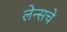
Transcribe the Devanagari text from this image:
लेन्सचे